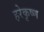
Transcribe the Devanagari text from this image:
हरेकृष्‍ण